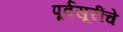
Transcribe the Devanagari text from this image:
पूर्वसूरींचे